Scottish Leaving Certificate Examination, 1956
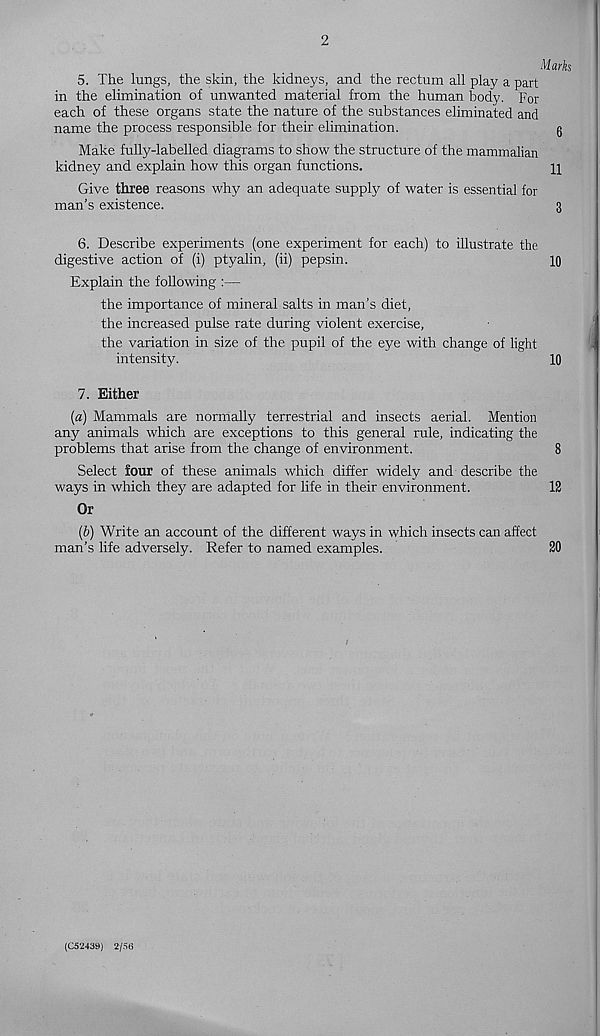
2
Marks
5. The lungs, the skin, the kidneys, and the rectum all play a part
in the elimination of unwanted material from the human body. For
each of these organs state the nature of the substances eliminated and
name the process responsible for their elimination.
q
Make fully-labelled diagrams to show the structure of the mammalian
kidney and explain how this organ functions.
U
Give three reasons why an adequate supply of water is essential for
man’s existence.
3
6. Describe experiments (one experiment for each) to illustrate the
digestive action of (i) ptyalin, (ii) pepsin.
10
Explain the following :—
the importance of mineral salts in man’s diet,
the increased pulse rate during violent exercise,
the variation in size of the pupil of the eye with change of light
intensity.
10
7. Either
(a) Mammals are normally terrestrial and insects aerial. Mention
any animals which are exceptions to this general rule, indicating the
problems that arise from the change of environment.
8
Select four of these animals which differ widely and describe the
ways in which they are adapted for life in their environment.
12
Or
(b) Write an account of the different ways in which insects can affect
man’s life adversely. Refer to named examples.
20
(C52439) 2/56